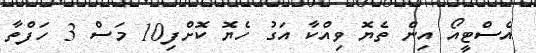
އެސްޓީއޯ އިން ތެޔޮ ވިއްކާ އަގު ހެޔޮ ކޮށްފި10 މަސް 3 ހަފްތާ